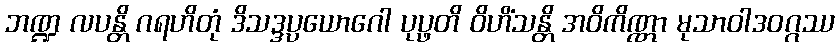
ဘဏ္ဍ လပန္တိ ဂရဟိတုံ ဒိသဒ္ဒပ္ပယောဂေါ ပုပ္ဖတိ ဝိဟိံသန္တိ အဝိကိဏ္ဏာ မုသာဝါဒဝဂ္ဂဿ